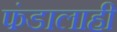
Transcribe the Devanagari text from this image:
फंडालाही